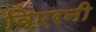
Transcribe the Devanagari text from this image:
विएरनी